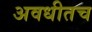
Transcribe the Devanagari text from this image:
अवधीतच